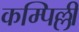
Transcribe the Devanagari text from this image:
कम्पिल्ली